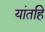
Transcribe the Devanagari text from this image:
यांतहि